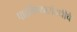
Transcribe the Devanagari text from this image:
पाठविण्यासंबधीचे